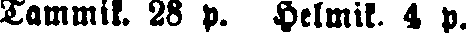
Tammik. 28 p. Helmik. 4p.